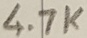
Text: 4.7K